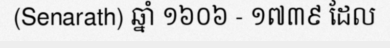
(Senarath) ឆ្នាំ ១៦០៦ - ១៧៣៩ ដែល